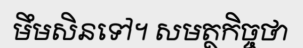
មឹមសិនទៅ។ សមត្ថកិច្ចថា